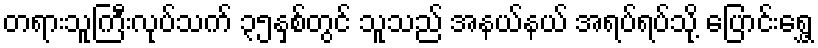
တရားသူကြီးလုပ်သက် ၃၅နှစ်တွင် သူသည် အနယ်နယ် အရပ်ရပ်သို့ ပြောင်းရွှေ့